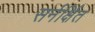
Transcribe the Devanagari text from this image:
सर्नर्क्षित